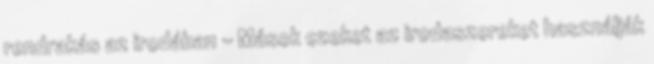
rendrakás az irodában - Mások ezeket az irodaszereket használják